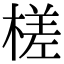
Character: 槎